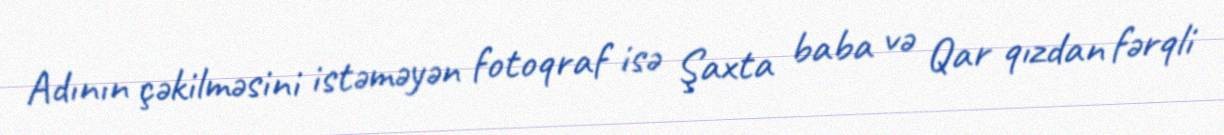
Adının çəkilməsini istəməyən fotoqraf isə Şaxta baba və Qar qızdan fərqli